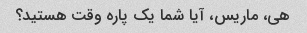
هی، ماریس، آیا شما یک پاره وقت هستید؟